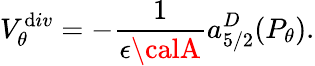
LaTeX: V_{\theta}^{\mathrm{d}iv}=-{\frac{{1}}{{\epsilon{\calA}}}}a_{5/2}^{D}(P_{\theta}).